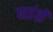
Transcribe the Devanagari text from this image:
पाडंवों